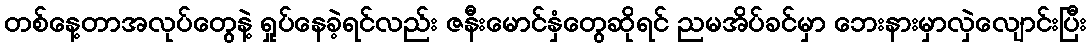
တစ်နေ့တာအလုပ်တွေနဲ့ ရှုပ်နေခဲ့ရင်လည်း ဇနီးမောင်နှံတွေဆိုရင် ညမအိပ်ခင်မှာ ဘေးနားမှာလှဲလျောင်းပြီး